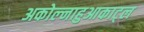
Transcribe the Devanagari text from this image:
अकोल्नाहुआकाट्ल